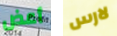
أعض لارس